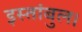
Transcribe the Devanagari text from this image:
इस्तांबुल।